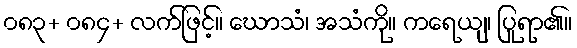
၀၈၃+ ၀၈၄+ လက်ဖြင့်။ ဃောသံ၊ အသံကို။ ကရေယျ၊ ပြုရာ၏။